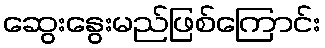
ဆွေးနွေးမည်ဖြစ်ကြောင်း